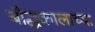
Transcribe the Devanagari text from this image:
बौद्धकालाच्या